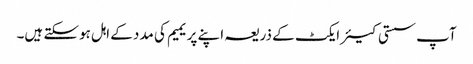
آپ سستی کیئر ایکٹ کے ذریعہ اپنے پریمیم کی مدد کے اہل ہوسکتے ہیں۔